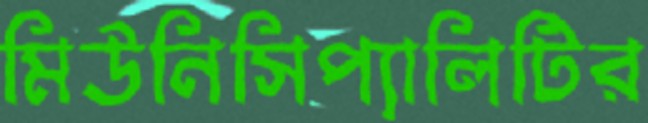
মিউনিসিপ্যালিটির